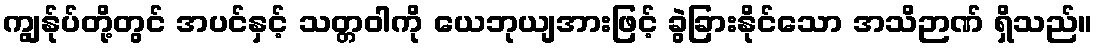
ကျွန်ုပ်တို့တွင် အပင်နှင့် သတ္တဝါကို ယေဘုယျအားဖြင့် ခွဲခြားနိုင်သော အသိဉာဏ် ရှိသည်။